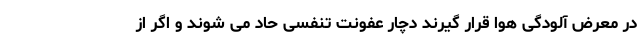
در معرض آلودگی هوا قرار گیرند دچار عفونت تنفسی حاد می شوند و اگر از